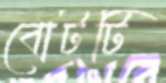
বোটটি